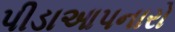
પીડાઆપનારો